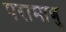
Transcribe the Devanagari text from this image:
परामाणु